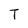
Character: T